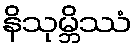
နိသုမ္ဘိဿံ